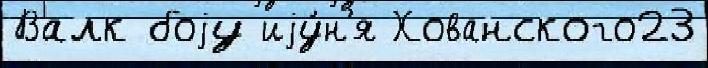
Валк боjу иjу́н'я Хованского23